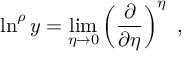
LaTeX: \ln ^ { \rho } y = \operatorname * { l i m } _ { \eta \rightarrow 0 } \left( { \frac { \partial } { \partial \eta } } \right) ^ { \eta } \ ,